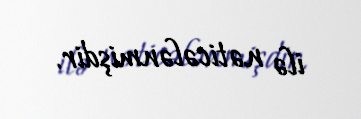
ilə nəticələnmişdir.